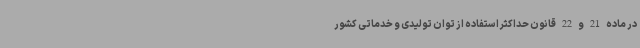
در ماده 21 و 22 قانون حداکثر استفاده از توان تولیدی و خدماتی کشور